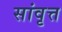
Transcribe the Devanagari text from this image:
सांवृत्त